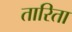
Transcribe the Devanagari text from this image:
तारिता